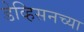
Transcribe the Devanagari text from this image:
डेव्हिसनच्या